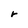
Character: r